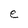
Character: e